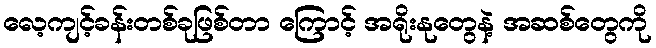
လေ့ကျင့်ခန်းတစ်ခုဖြစ်တာ ကြောင့် အရိုးနုတွေနဲ့ အဆစ်တွေကို